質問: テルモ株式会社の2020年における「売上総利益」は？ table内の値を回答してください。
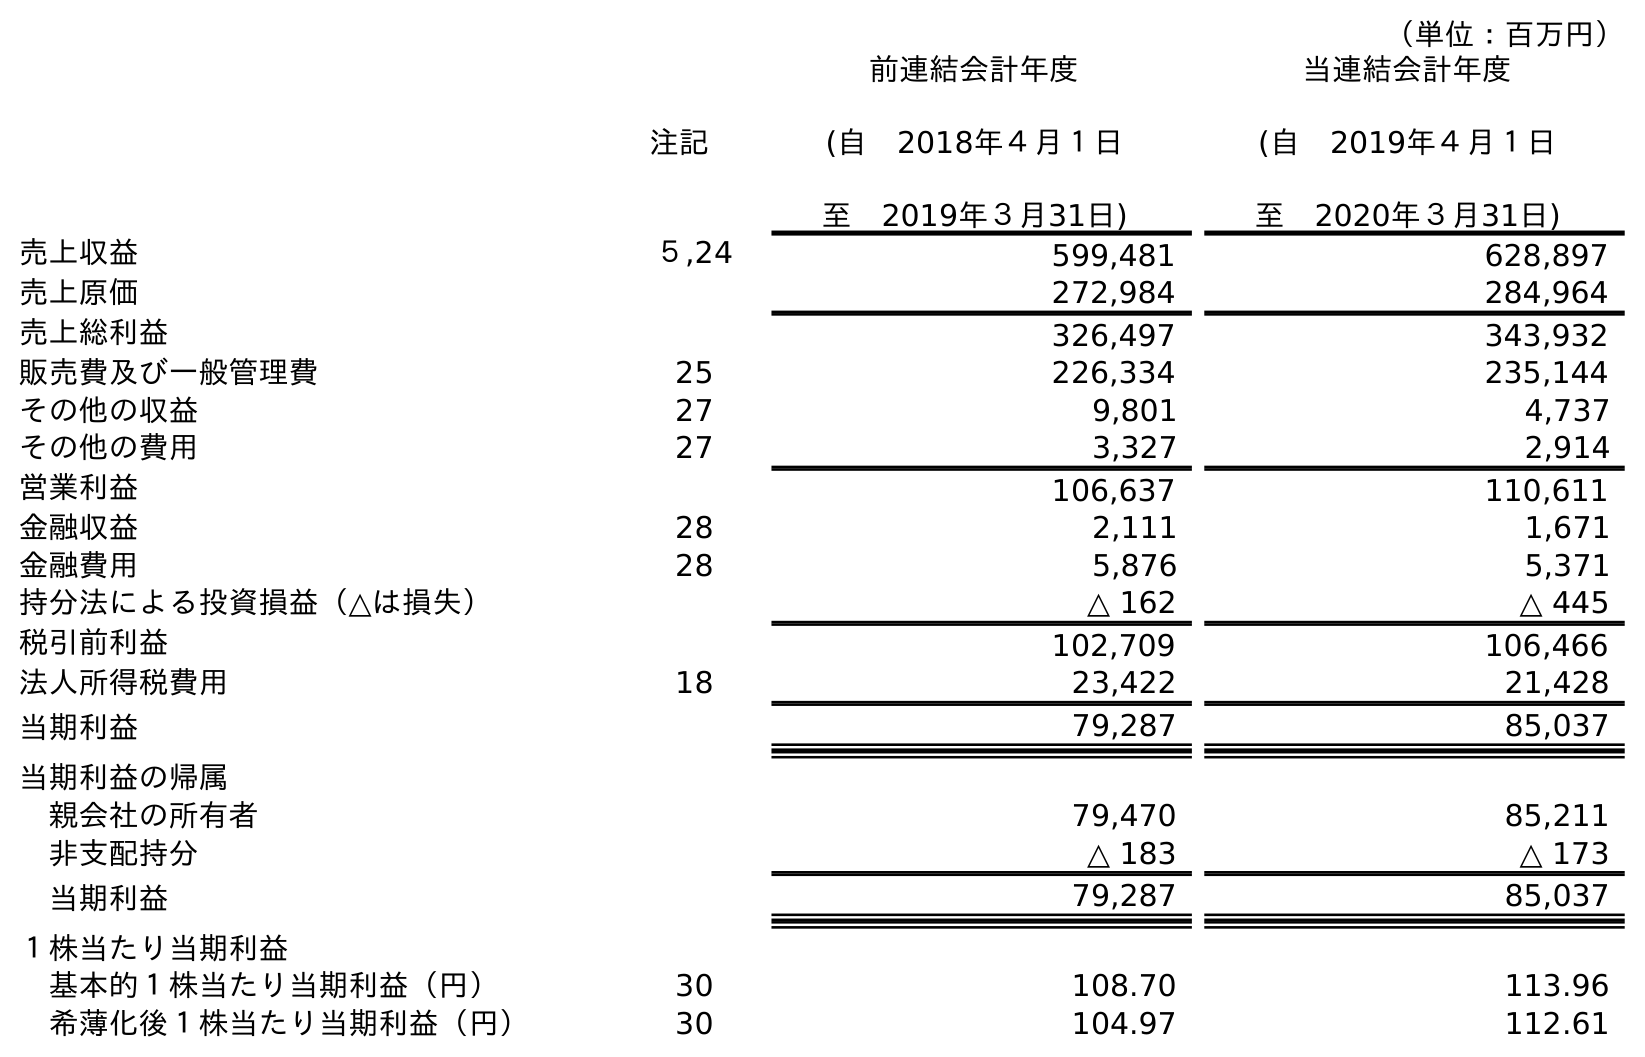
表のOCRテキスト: （単位：百万円） 注記 前連結会計年度 (自 2018年４月１日 至 2019年３月31日) 当連結会計年度 (自 2019年４月１日 至 2020年３月31日) 売上収益 ５,24 599,481 628,897 売上原価 272,984 284,964 売上総利益 326,497 343,932 販売費及び一般管理費 25 226,334 235,144 その他の収益 27 9,801 4,737 その他の費用 27 3,327 2,914 営業利益 106,637 110,611 金融収益 28 2,111 1,671 金融費用 28 5,876 5,371 持分法による投資損益（△は損失） △ 162 △ 445 税引前利益 102,709 106,466 法人所得税費用 18 23,422 21,428 当期利益 79,287 85,037 当期利益の帰属 親会社の所有者 79,470 85,211 非支配持分 △ 183 △ 173 当期利益 79,287 85,037 １株当たり当期利益 基本的１株当たり当期利益（円） 30 108.70 113.96 希薄化後１株当たり当期利益（円） 30 104.97 112.61
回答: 343,932